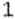
1